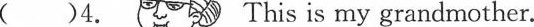
4.This is my grandmother.